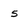
Character: s